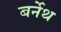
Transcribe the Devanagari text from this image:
बर्नेथ